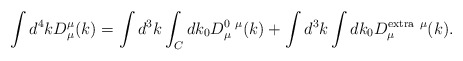
\begin{align*}\int d^4 k D^\mu_\mu(k) = \int d^3k\int_C d k_0 D^{0\ \mu}_\mu (k)+\int d^3k\int dk_0D^{\rm extra\ \mu}_\mu(k).\end{align*}